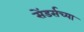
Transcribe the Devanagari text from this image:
सेंडर्सच्या